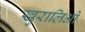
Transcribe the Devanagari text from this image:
खुरालिओ